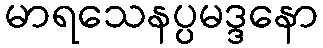
မာရသေနပ္ပမဒ္ဒနော